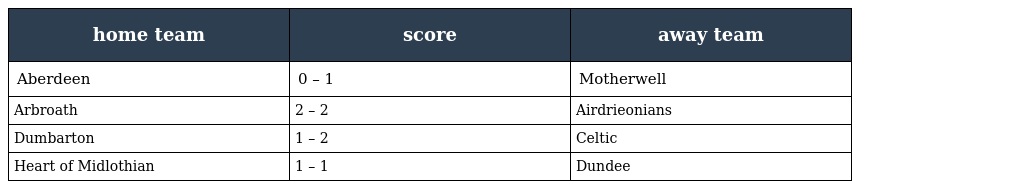
| home team | score | away team |
 | --- | --- | --- |
 | Aberdeen | 0 – 1 | Motherwell |
 | Arbroath | 2 – 2 | Airdrieonians |
 | Dumbarton | 1 – 2 | Celtic |
 | Heart of Midlothian | 1 – 1 | Dundee |